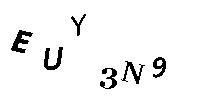
EUY3N9